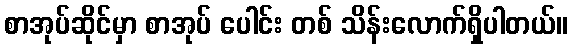
စာအုပ်ဆိုင်မှာ စာအုပ် ပေါင်း တစ် သိန်းလောက်ရှိပါတယ်။